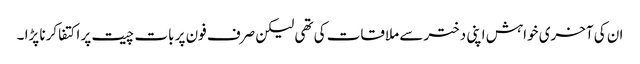
ان کی آخری خواہش اپنی دختر سے ملاقات کی تھی لیکن صرف فون پر بات چیت پر اکتفا کرنا پڑا ۔